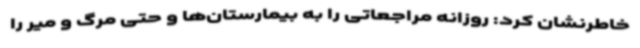
خاطرنشان کرد: روزانه مراجعاتی را به بیمارستان‌ها و حتی مرگ و میر را